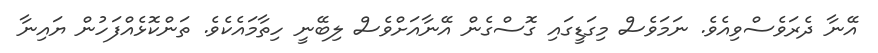
އޭނާ ދެރަވެސްވިއެވެ. ނަމަވެސް މިގަޑީގައި ގޮސްގެން އޭނާއަށްވެސް ލިބޭނީ ހިތާމައެކެވެ. ތަންކޮޅެއްފަހުން ޔައިނާ